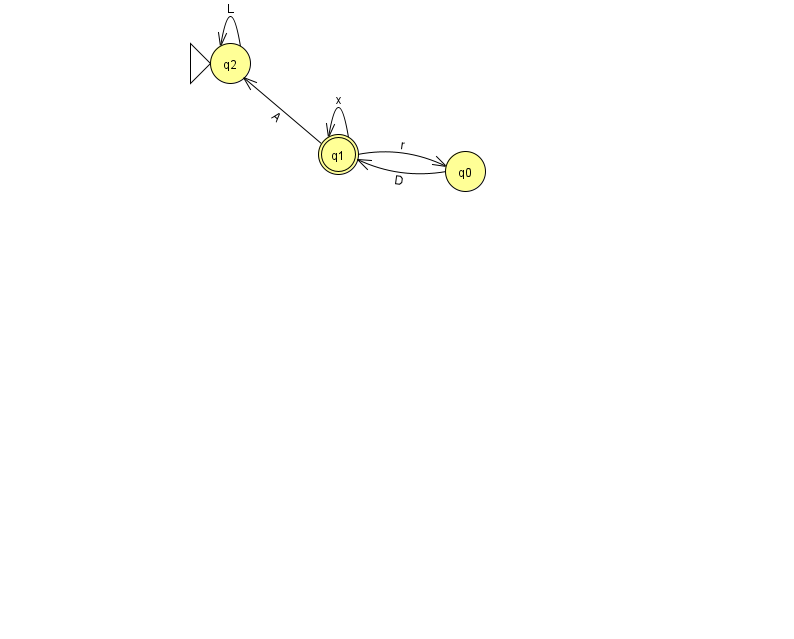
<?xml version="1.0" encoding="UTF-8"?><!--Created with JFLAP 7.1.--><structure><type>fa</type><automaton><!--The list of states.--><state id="0" name="q0"><x>465.0</x><y>158.0</y></state><state id="1" name="q1"><x>338.0</x><y>141.0</y><final/></state><state id="2" name="q2"><x>230.0</x><y>50.0</y><initial/></state><!--The list of transitions.--><transition><from>1</from><to>2</to><read>A</read></transition><transition><from>0</from><to>1</to><read>D</read></transition><transition><from>1</from><to>1</to><read>x</read></transition><transition><from>2</from><to>2</to><read>L</read></transition><transition><from>1</from><to>0</to><read>r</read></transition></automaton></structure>